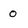
Character: 0